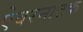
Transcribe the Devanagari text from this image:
ऐवरनाटक